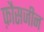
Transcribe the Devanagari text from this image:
फ़ौसजीन